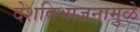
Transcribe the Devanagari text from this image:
देशविभाजनामुळे